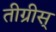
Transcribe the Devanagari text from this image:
तीग्रीस्